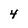
Character: 4